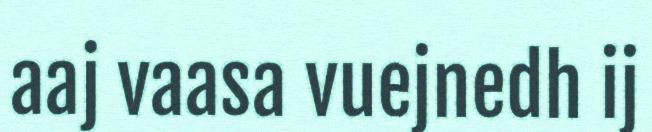
aaj vaasa vuejnedh ij